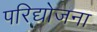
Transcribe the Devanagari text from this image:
परिद्योजना